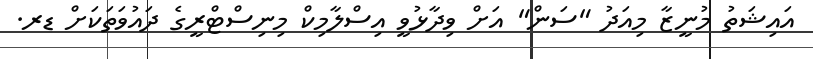
އައިޝަތު މުނީޒާ މިއަދު "ސަން" އަށް ވިދާޅުވީ އިސްލާމިކް މިނިސްޓްރީގެ ދައުވަތަކަށް ޑރ.